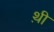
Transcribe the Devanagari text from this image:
थ़ी